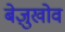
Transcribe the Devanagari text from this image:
बेज़ुखोव